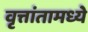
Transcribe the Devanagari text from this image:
वृत्तांतामध्ये